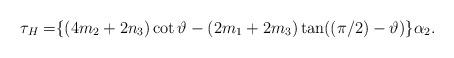
LaTeX: \begin{align*}\tau_{H}=&\{(4m_{2}+2n_{3})\cot \vartheta-(2m_{1}+2m_{3})\tan((\pi/2)-\vartheta)\}\alpha_{2}.\end{align*}